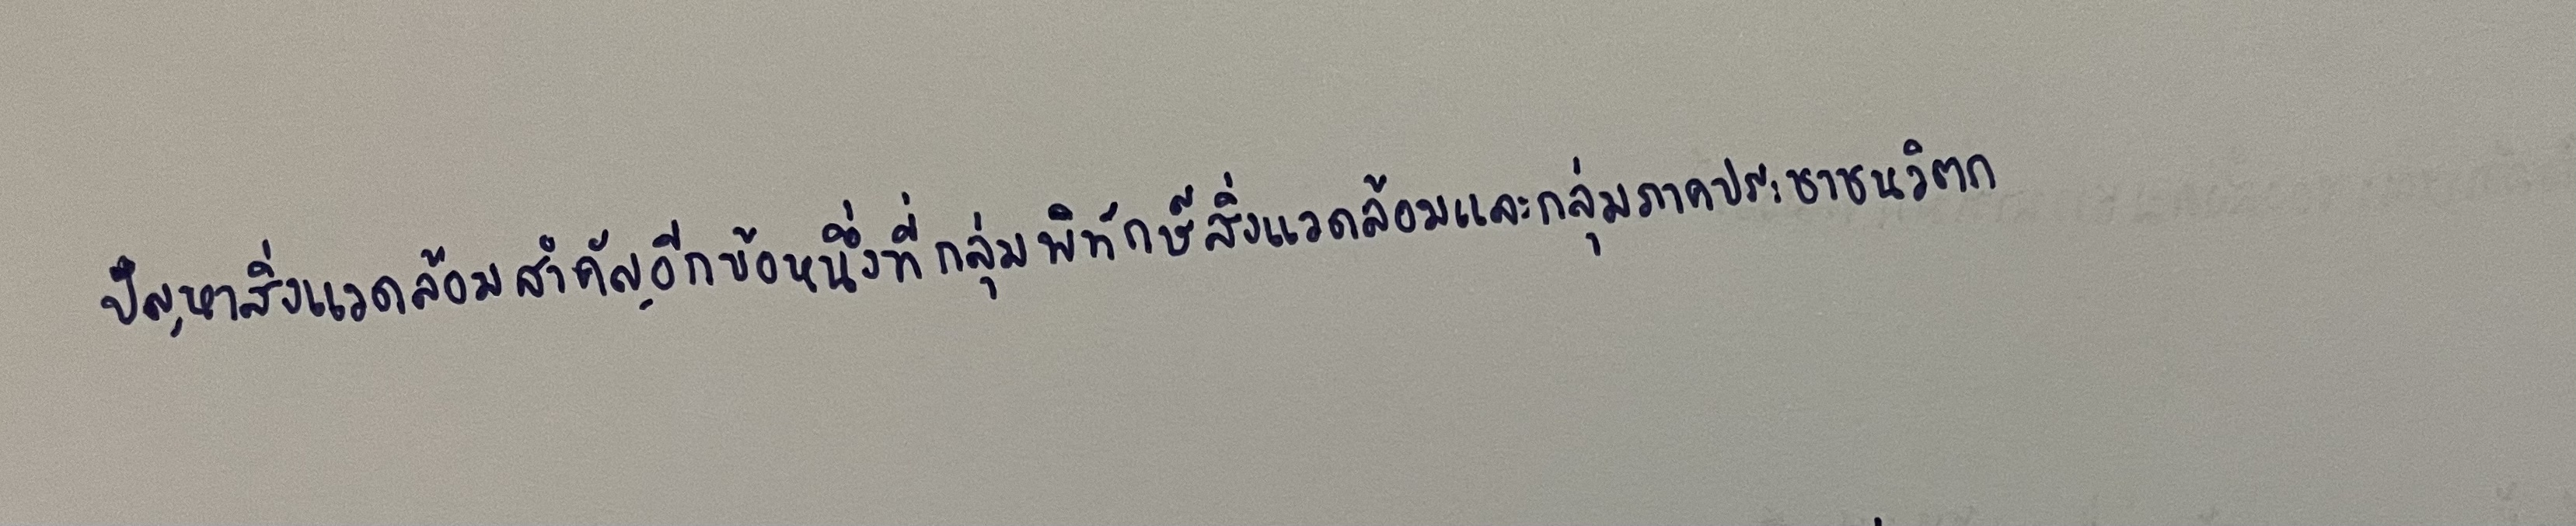
ปัญหาสิ่งแวดล้อมสำคัญอีกข้อหนึ่งที่กลุ่มพิทักษ์สิ่งแวดล้อมและกลุ่มภาคประชาชนวิตก